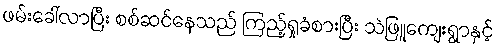
ဖမ်းခေါ်လာပြီး စစ်ဆင်နေသည် ကြည့်ရှုခံစားပြီး သဲဖြူကျေးရွာနှင့်